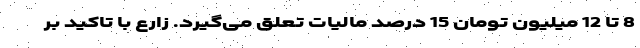
8 تا 12 میلیون تومان 15 درصد مالیات تعلق می‌گیرد. زارع با تاکید بر